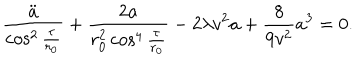
LaTeX: \frac { \ddot { a } } { \cos ^ { 2 } { \frac { \tau } { r _ { 0 } } } } + \frac { 2 a } { r _ { 0 } ^ { 2 } \cos ^ { 4 } { \frac { \tau } { r _ { 0 } } } } - 2 \lambda v ^ { 2 } a + \frac { 8 } { 9 v ^ { 2 } } a ^ { 3 } = 0 .